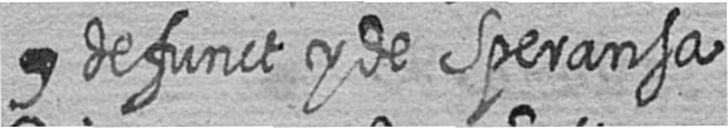
# defunct y de Speransa